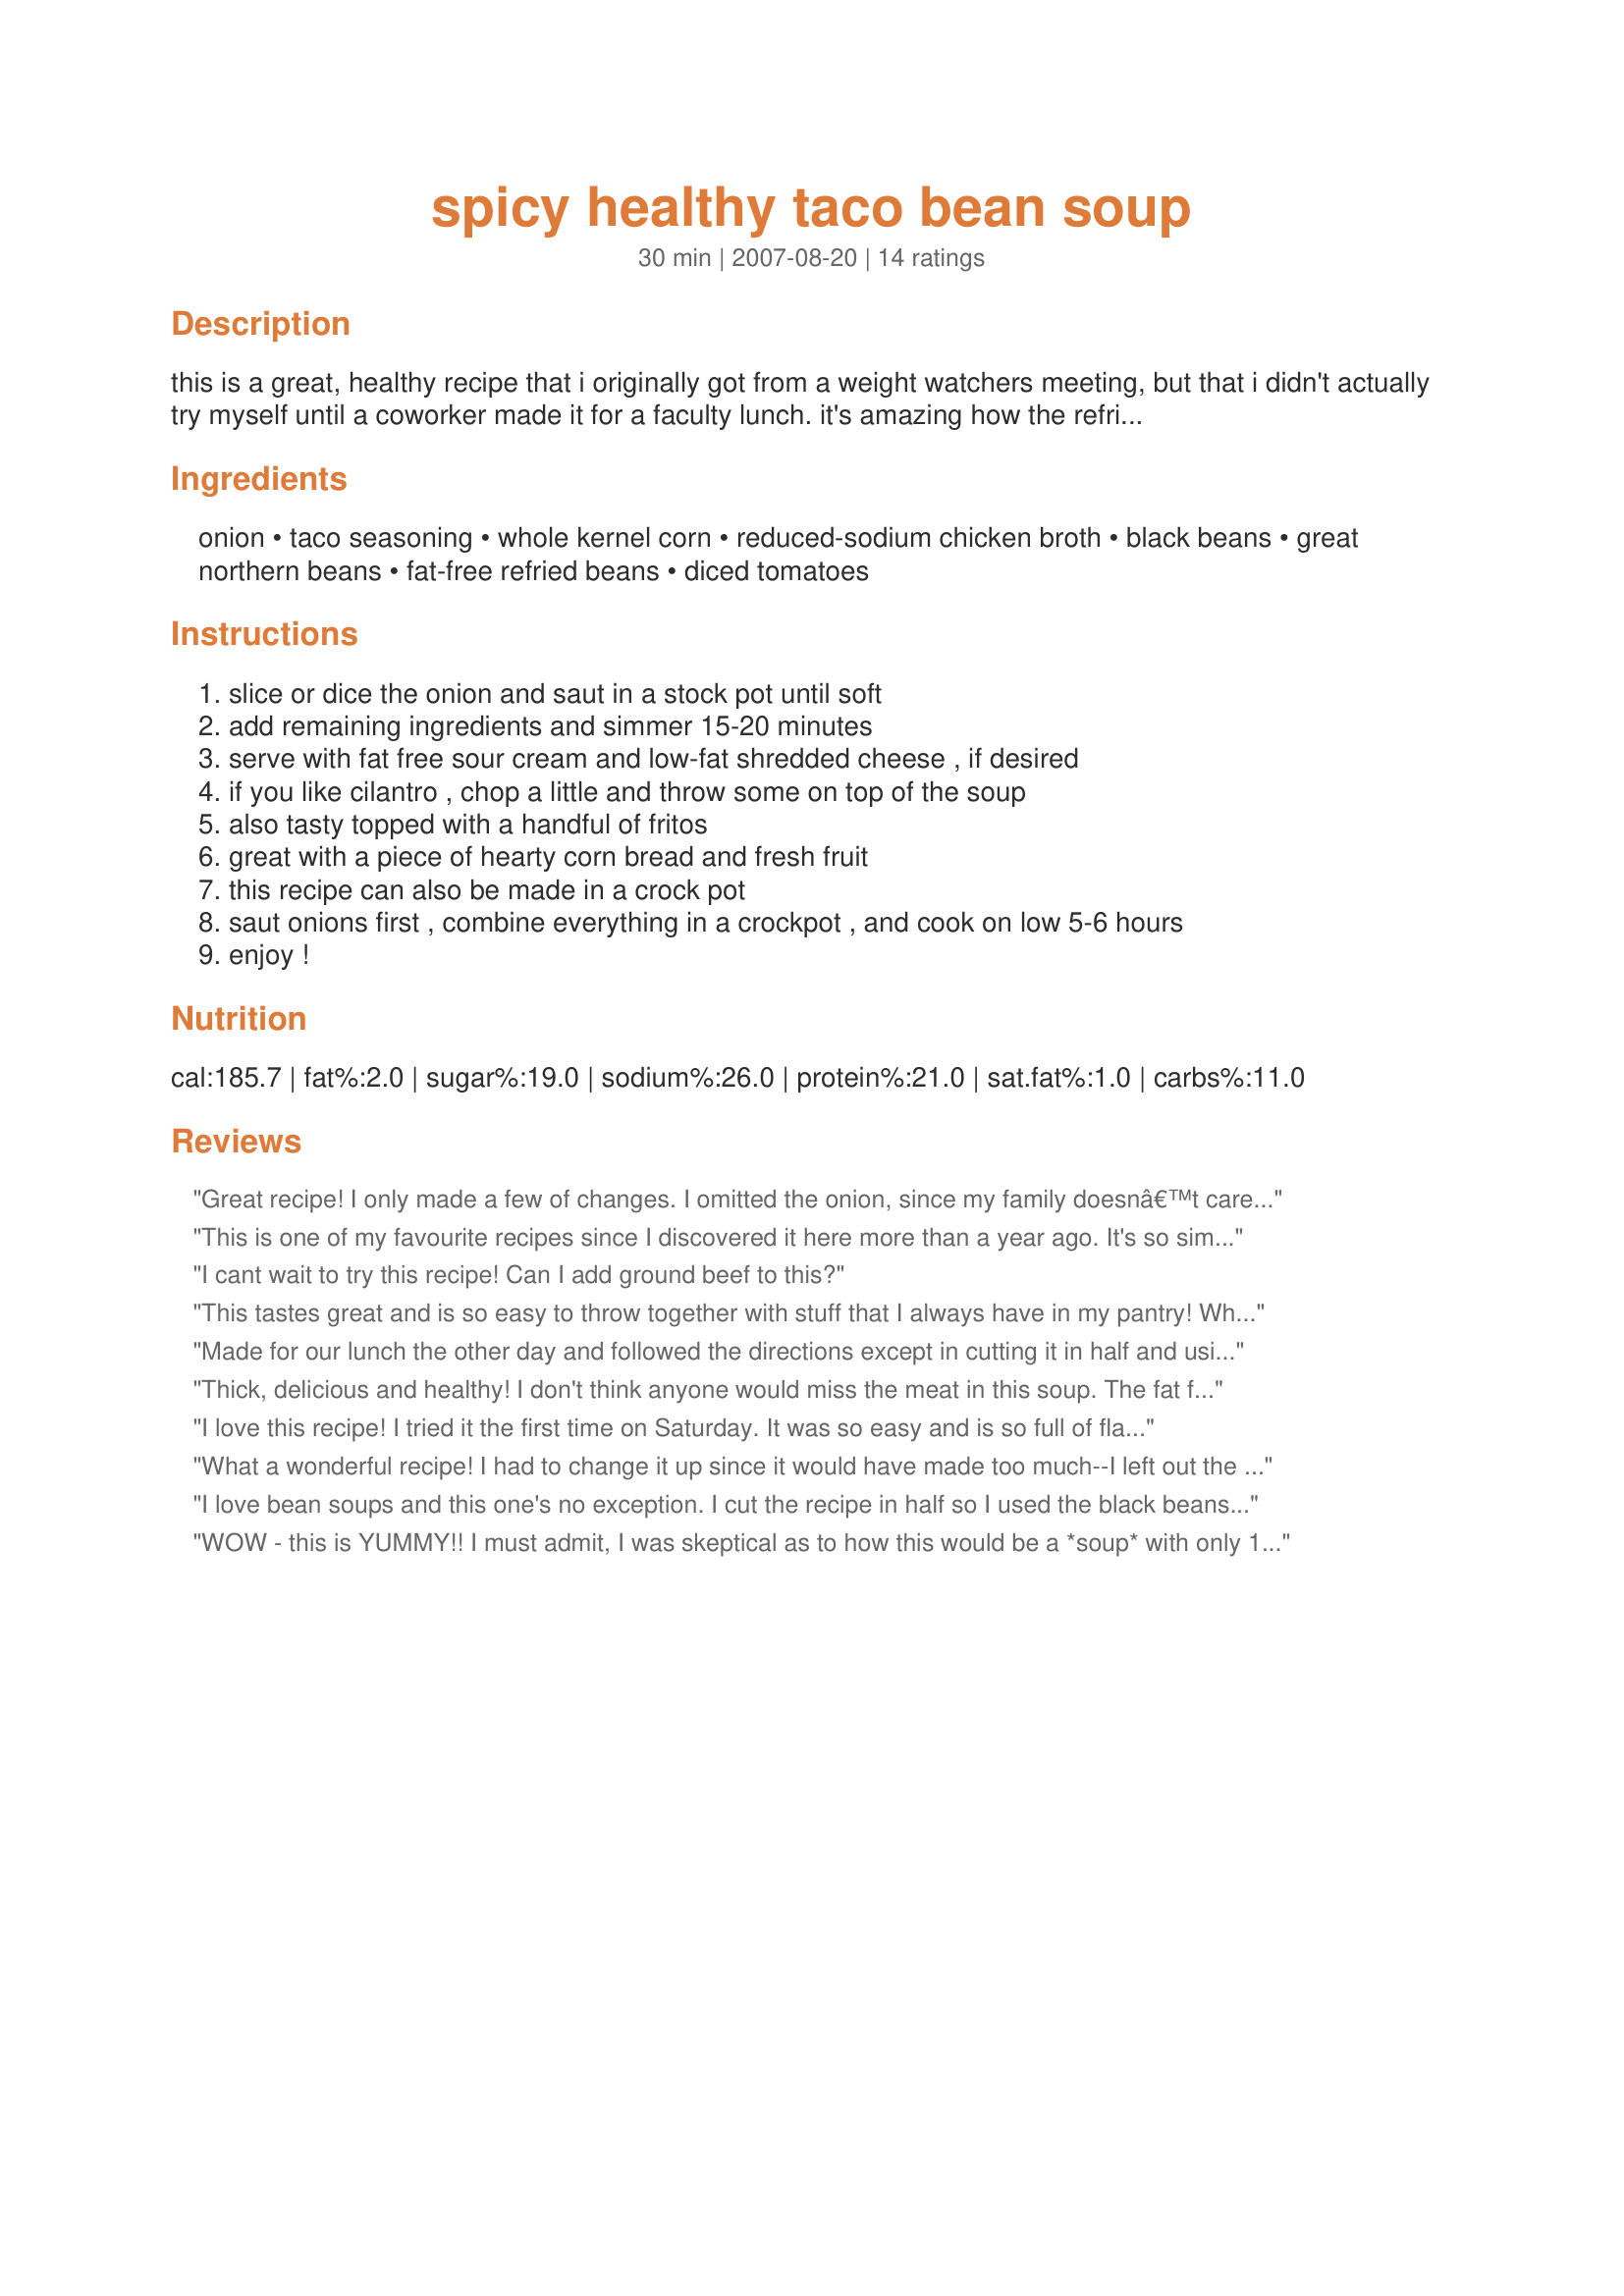
spicy healthy taco bean soup
Preparation time: 30 minutes

this is a great, healthy recipe that i originally got from a weight watchers meeting, but that i didn't actually try myself until a coworker made it for a faculty lunch. it's amazing how the refried beans thicken the soup and give it more body than the broth alone. it's super tasty, but quite spicy. i cut the spice by topping individual servings with fat free sour cream and shredded cheese. you could also replace the spicy diced tomatoes with an additional can of regular tomatoes if you don't like so much heat. another way to reduce the heat would be to add an additional can of chicken broth and more beans, either more black beans or a can of kidney beans. don't like it meatless? stir in some browned ground beef or turkey, or add some cubed or shredded cooked chicken. note: after reorganizing my pantry, i realized i have two similar types of tomatoes, and that i have used mexican style diced tomatoes the last couple of times i made this, which likely made this more spicy than the rotel style tomatoes would have.

Ingredients:
onion, taco seasoning, whole kernel corn, reduced-sodium chicken broth, black beans, great northern beans, fat-free refried beans, diced tomatoes

Steps:
slice or dice the onion and saut in a stock pot until soft, add remaining ingredients and simmer 15-20 minutes, serve with fat free sour cream and low-fat shredded cheese , if desired, if you like cilantro , chop a little and throw some on top of the soup, also tasty topped with a handful of fritos, great with a piece of hearty corn bread and fresh fruit, this recipe can also be made in a crock pot, saut onions first , combine everything in a crockpot , and cook on low 5-6 hours, enjoy !

Reviews:
Great recipe! I only made a few of changes. I omitted the onion, since my family doesnâ€™t care for onions, and I reduced the taco seasoning to Â½ a pack to cut down on the sodium and the heat. Also, I used dark red kidney beans instead of great northern beans and added Â½ pound of ground turkey. I cooked the turkey the night before, then dumped everything in my crock pot on Sunday morning and let it cook on low for about 4 hours. When we got home from church it was perfect. We topped it with fat free sour cream and a little reduced-fat shredded cheese and ate it with low fat tortilla chips. Everyone in the family (including husband and three teens) thought it was delicious. It was just zesty enough with out being too spicy. I mentioned maybe adding an extra can of beans next time, but my teenage daughter said that she thought it was perfect just the way it was. I love when I find a new, easy recipe that everyone likes. I will definately be making this again.
This is one of my favourite recipes since I discovered it here more than a year ago. It's so simple and quick to make; I always have a few servings stored in the freezer for lunches. Sometimes I can't find Great Northern Beans but Black Beans or even Kidney Beans work well too. I always add a whole 900 ml container of Chicken Broth and the consistancy still comes out great. We don't have Rotel where I live so I usually throw in some green chillis or a jalapeno, depending what I have on hand. Great recipe!
I cant wait to try this recipe! Can I add ground beef to this?
This tastes great and is so easy to throw together with stuff that I always have in my pantry! When I made this I only got 8, 1 cup servings, and I followed the directions exactly except I did not drain the corn. But, you can't go wrong with a delicious and filling soup that is only 3 WW points per serving! I will definitely be making this again!
Made for our lunch the other day and followed the directions except in cutting it in half and using black beans. Wonderful, simple and delicious. DH wants it again only adding some meat (he is a meat eater). Thanks for a wonderful soup! Made for January Warm-Ups tag game 2011.
Thick, delicious and healthy! I don't think anyone would miss the meat in this soup. The fat free refried beans really give this a thick-bodied texture. I love how easy this is to make. You can whipe this up in no time for lunch or dinner. It's perfect with a cool dallop of fat free sour cream swirled in. Thanx for posting this; I'll make this again.
I love this recipe! I tried it the first time on Saturday. It was so easy and is so full of flavor. I couldn't find Rotel tomatoes, so I added a can of diced tomatoes with green chillis. I also used a bag of frozen corn rather than canned corn. We had it with Sweet Potato Tortilla Chips. What a wonderful combination. Sure did warm us up on a cold winter day!
What a wonderful recipe! I had to change it up since it would have made too much--I left out the northern beans &amp; diced tomatoes. I used mild Rotel, low sodium pinto beans &amp; my own taco seasoning. It was a delicious recipe &amp; came together so easily. Thank you so much for sharing!
I love bean soups and this one's no exception. I cut the recipe in half so I used the black beans but left out the great northern beans. I also used spicy diced tomatoes and a whole can of corn. Thanks for posting such a delicious and quick to prepare recipe.
WOW - this is YUMMY!! I must admit, I was skeptical as to how this would be a *soup* with only 1 can of chicken broth, but it did turn into a soup. I followed the directions exactly, but used low sodium taco seasoning, corn, and beans along with fat-free low-sodium chicken broth. I got 10 1-cup servings which were 220-ish grams each. I ate one and froze the rest for grab'n'go lunches. THANKS for sharing!
I like this because it's VERY easy to make and delicious. I am making it right now and have just tasted it as it simmers. Don't let the Nutrition Facts fool you, for some reason the Great Northern Beans, Taco Seasoning and Refried Beans are not included in the calculations. It's still very much worth making!!
This soup is DELICIOUS!! I followed the recipe exactly, in a slow cooker, and it turned out amazing. We crumbled tortilla chips and topped with cheese and it was perfect. I wasn't sure if I should drain the beans, as the recipe only states to drain the corn, so I didn't, but I was wondering if I should have? Either way, amazing recipe, will for sure be making again and again!!
This could not have been easier or yummier! I didn't bother to saute the onions; I just opened all the cans, threw everything in the crockpot (including chopped cilantro) and cooked it for about 6 hours on low. Put some shredded cheese on top when serving and voila! Instant dinner that was de-lish! Will DEFINITELY make again; thanks for sharing!
I've made this a couple of times in the slow cooker and it turns out really good! I opt to not use the can of Rotel, but instead just use regular diced tomatoes. The last time I made this, I added dices carrots and it was great!
